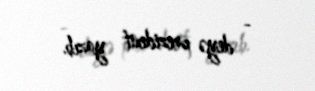
- deyə prezident yazıb.